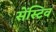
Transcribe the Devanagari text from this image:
सेंस्टिव